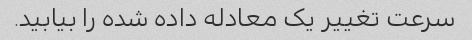
سرعت تغییر یک معادله داده شده را بیابید.